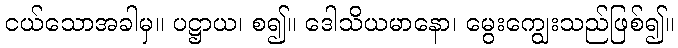
ငယ်သောအခါမှ။ ပဋ္ဌာယ၊ စ၍။ ဒေါသိယမာနော၊ မွေးကျွေးသည်ဖြစ်၍။